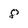
Character: 8